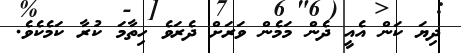
ދިޔަ ކަން އެއީ ދެން މަމެން ވަރަށް ދެރަވެ ހިތާމަ ކުރާ ކަމެކެވެ.